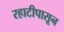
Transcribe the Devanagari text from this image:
रहाटीपासून